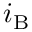
i _ { \mathrm { B } }